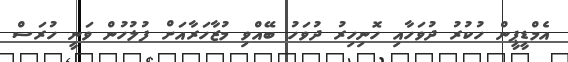
އެމްޑީޕީން ހުކުރު ދުވަހާއި ހޮނިހިރު ދުވަހު ބޭއްވި މުޒާހަރާއަށް ފުލުހުން ވަނީ ހުރަސް